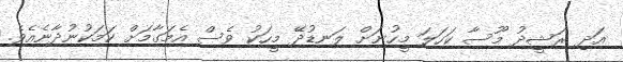
އަދި ރަޝީދު މޫސާ ކަހަލަ މީހުނަށް ލަނޑުދޭ މީހަކު ވެސް އެމަގާމަށް ކަމަކުނުދާނެއެވެ.